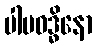
ပါပဝဒ္ဓိနော